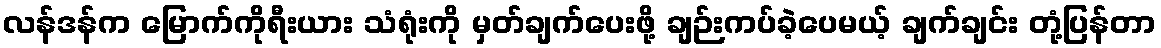
လန်ဒန်က မြောက်ကိုရီးယား သံရုံးကို မှတ်ချက်ပေးဖို့ ချဉ်းကပ်ခဲ့ပေမယ့် ချက်ချင်း တုံ့ပြန်တာ